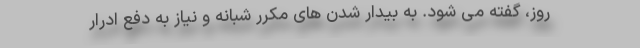
روز، گفته می شود. به بیدار شدن های مکرر شبانه و نیاز به دفع ادرار